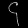
Digit: ၄